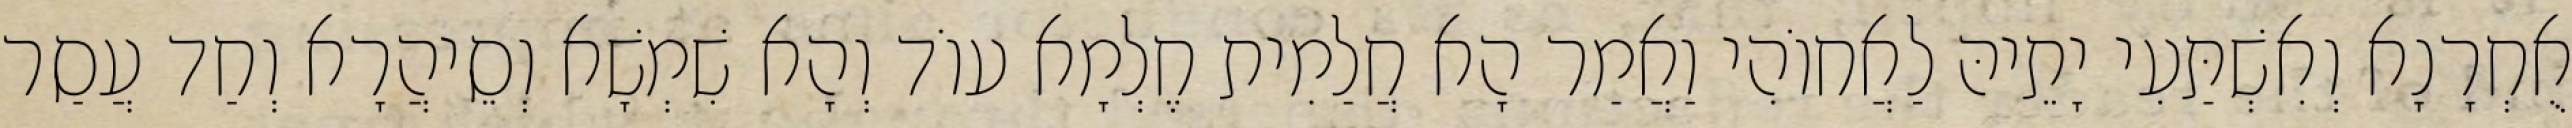
אֻחְרָנָא וְאִשְׁתַּעִי יָתֵיהּ לַאֲחוֹהִי וַאֲמַר הָא חֲלַמִית חֶלְמָא עוֹד וְהָא שִׁמְשָׁא וְסֵיהֲרָא וְחַד עֲסַר